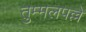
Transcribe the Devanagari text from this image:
तुम्मलपल्ले